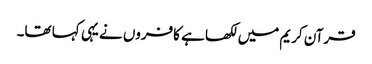
قرآن کریم میں لکھا ہے کافروں نے یہی کہا تھا۔